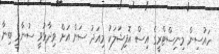
ހައުސިން މިނިސްޓްރީގެ އިސް އޮފިޝަލަކު މިއަދު ސަން އަށް ވިދާޅުވީ ސުނާމީ ބިނާ